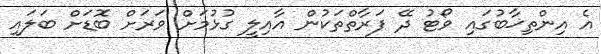
އެ އިންތިޚާބުގައި ވޯޓު ދޭ ފަރާތްތަކުން އާއިލީ ގުޅުމަށް ވަރަށް ބޮޑަށް ބަލައި